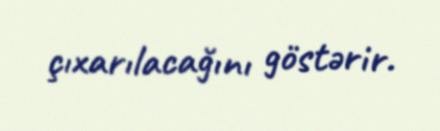
çıxarılacağını göstərir.